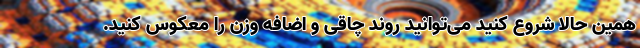
همین حالا شروع کنید می‌توانید روند چاقی و اضافه وزن را معکوس کنید.